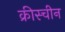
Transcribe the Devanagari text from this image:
क्रीस्चीन